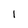
Character: l